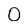
Character: 0